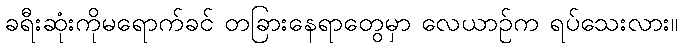
ခရီးဆုံးကိုမရောက်ခင် တခြားနေရာတွေမှာ လေယာဉ်က ရပ်သေးလား။